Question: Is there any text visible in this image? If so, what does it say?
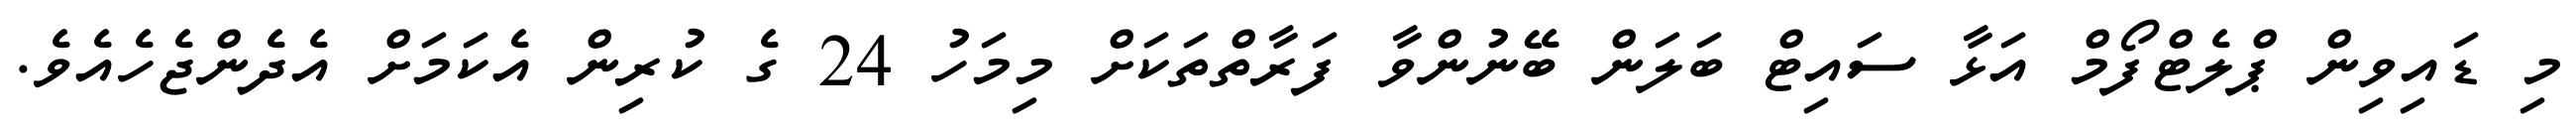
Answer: މި ޑައިވިން ޕްލެޓްފޯމް އަޅާ ސައިޓް ބަލަން ބޭނުންވާ ފަރާތްތަކަށް މިމަހު 24 ގެ ކުރިން އެކަމަށް އެދެންޖެހެއެވެ.